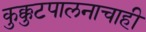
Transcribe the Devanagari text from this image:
कुक्कुटपालनाचाही